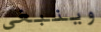
وينبغي